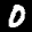
Label: 0